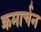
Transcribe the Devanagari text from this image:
क्रमार्चन